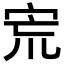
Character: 𡧽